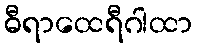
ဓီရာထေရီဂါထာ